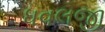
ધવલજી